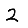
Digit: 2